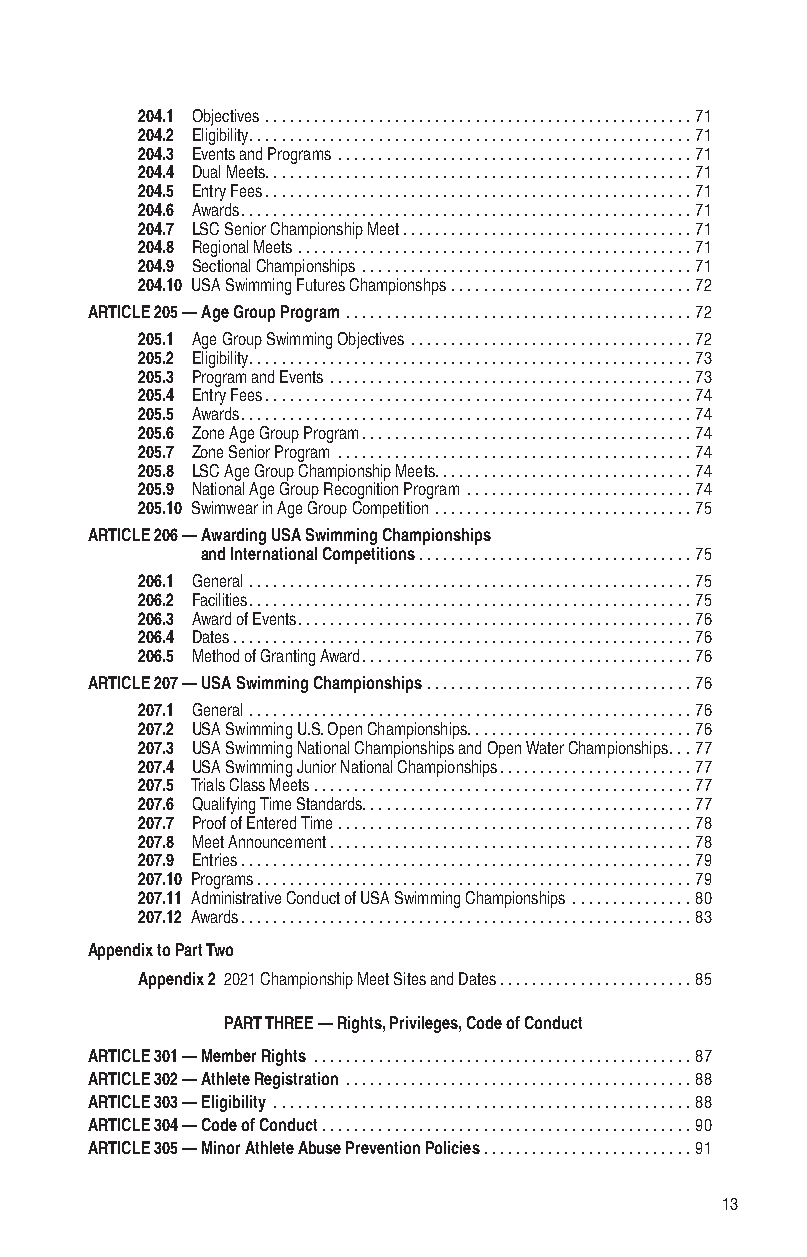
204.1 Objectives .....................................................71
 204.2 Eligibility .......................................................71
 204.3 Events and Programs ............................................71
 204.4 Dual Meets .....................................................71
 204.5 Entry Fees .....................................................71
 204.6 Awards ........................................................71
 204.7 LSC Senior Championship Meet ....................................71
 204.8 Regional Meets .................................................71
 204.9 Sectional Championships .........................................71
 204.10 USA Swimming Futures Championshps ..............................72
 ARTICLE 205 — Age Group Program ...........................................72
 205.1 Age Group Swimming Objectives ...................................72
 205.2 Eligibility .......................................................73
 205.3 Program and Events .............................................73
 205.4 Entry Fees .....................................................74
 205.5 Awards ........................................................74
 205.6 Zone Age Group Program .........................................74
 205.7 Zone Senior Program ............................................74
 205.8 LSC Age Group Championship Meets ................................74
 205.9 National Age Group Recognition Program ............................74
 205.10 Swimwear in Age Group Competition ................................75
 ARTICLE 206 — Awarding USA Swimming Championships
 and International Competitions ..................................75
 206.1 General .......................................................75
 206.2 Facilities .......................................................75
 206.3 Award of Events .................................................76
 206.4 Dates .........................................................76
 206.5 Method of Granting Award .........................................76
 ARTICLE 207 — USA Swimming Championships .................................76
 207.1 General .......................................................76
 207.2 USA Swimming U.S. Open Championships ............................76
 207.3 USA Swimming National Championships and Open Water Championships ...77
 207.4 USA Swimming Junior National Championships ........................77
 207.5 Trials Class Meets ...............................................77
 207.6 Qualifying Time Standards .........................................77
 207.7 Proof of Entered Time ............................................78
 207.8 Meet Announcement .............................................78
 207.9 Entries ........................................................79
 207.10 Programs ......................................................79
 207.11 Administrative Conduct of USA Swimming Championships ...............80
 207.12 Awards ........................................................83
 Appendix to Part Two
 Appendix 2 2021 Championship Meet Sites and Dates ........................85
 PART THREE — Rights, Privileges, Code of Conduct
 ARTICLE 301 — Member Rights ...............................................87
 ARTICLE 302 — Athlete Registration ...........................................88
 ARTICLE 303 — Eligibility ....................................................88
 ARTICLE 304 — Code of Conduct ..............................................90
 ARTICLE 305 — Minor Athlete Abuse Prevention Policies ..........................91
 13